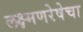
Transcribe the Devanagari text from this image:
लक्ष्मणरेषेचा